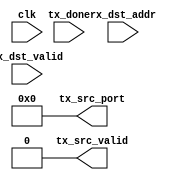
module RPCv3RouterArbiter #(
	parameter TOTAL_PORTS 		= 4,
	//True if we have one child port, and it's a trunk
	parameter CHILD_IS_TRUNK	= 1'b0,
	//Index of the destination port this arbiter is attached to
	parameter THIS_PORT			= 0,
	//Coordinates of this router in the grid.
	//The base address of this router is {X_POS, Y_POS, 8'h00}.
	parameter X_POS 						= 4'h0,
	parameter Y_POS 						= 4'h0
) (
	input wire		clk,
	//Indicates the corresponding dst_addr is OK to look at
	input wire[TOTAL_PORTS-1 : 0]		rx_dst_valid,
	//The address each source port wants to send to
	input wire[16*TOTAL_PORTS - 1 : 0]	rx_dst_addr,
	//Indicates src_port is OK to look at
	output reg							tx_src_valid	= 0,
	//The addressthis output port should get its data from
	output reg[8:0]						tx_src_port		= 0,
	//Set high for one cycle at end of a transmit to indicate we should bump the counter
	input wire							tx_done
);
	////////////////////////////////////////////////////////////////////////////////////////////////////////////////////
	// Round robin counter
	reg[8:0] 	rr_count	= 0;
	wire[8:0]	rr_count_inc	= rr_count + 1'h1;
	always @(posedge clk) begin
		if(tx_done) begin
			if(rr_count_inc >= TOTAL_PORTS)
				rr_count	<= 0;
			else
				rr_count	<= rr_count_inc;
		end
	end
	////////////////////////////////////////////////////////////////////////////////////////////////////////////////////
	// See who wants to send to us
	//Our base address
	localparam BASE_ADDR				= {X_POS, Y_POS, 8'h00};
	//Index of our port within the children (if we're a child)
	localparam CHILD_PORT 				= THIS_PORT - 4;
	//True if the port's destination is pointing to us (may not be valid, though)
	reg[TOTAL_PORTS-1:0]	port_match	= 0;
	genvar i;
	generate
		for(i=0; i<TOTAL_PORTS; i=i+1) begin : sendloop
			//Pull out some useful address bits
			wire[15:0]	rx_dst	= rx_dst_addr[i*16 +: 16];
			wire[3:0]	rx_xpos	= rx_dst[15:12];
			wire[3:0]	rx_ypos	= rx_dst[11:8];
			//Pseudorandom value that is static for each destination (to ensure deterministic routing)
			//We cannot use THIS_PORT in addrxor to ensure deterministic matching!
			//in particular, it's important that ``random" have the same value for all four neighbor ports
			//given the same destination.
			wire[15:0]	addrxor	= rx_dst ^ BASE_ADDR[15:8];
			wire		random	= ^addrxor;
			always @(*) begin
				//Clean up
				port_match[i]	<= 0;
				case(THIS_PORT)
					//north
					0: begin
						//If destination is not to our north (dest Y > ours), we're not interested
						if(rx_ypos <= Y_POS)
							port_match[i]	<= 0;
						//It's north, but might also be east/west
						else begin
							//If destination is due north, we obviously route north
							if(rx_xpos == X_POS)
								port_match[i]	<= 1;
							//Destination is northeast or northwest.
							//Route north randomly for 50% of destinations
							else if(random)
								port_match[i]	<= 1;
							//Nope, don't match
							else
								port_match[i]	<= 0;
						end
					end
					//south
					1: begin
						//If destination is not to our south (dest Y < ours), we're not interested
						if(rx_ypos >= Y_POS)
							port_match[i]	<= 0;
						//It's south, but might also be east/west
						else begin
							//If destination is due south, we obviously route south
							if(rx_xpos == X_POS)
								port_match[i]	<= 1;
							//Destination is southeast or southwest.
							//Route south randomly for 50% of destinations
							else if(random)
								port_match[i]	<= 1;
							//Nope, don't match
							else
								port_match[i]	<= 0;
						end
					end
					//east
					2: begin
						//If destination is not to our east (dest X > ours), we're not interested
						if(rx_xpos <= X_POS)
							port_match[i]	<= 0;
						//It's east, but might also be north/south
						else begin
							//If destination is due east, we obviously route east
							if(rx_ypos == Y_POS)
								port_match[i]	<= 1;
							//Destination is northeast or southeast
							//Route east randomly for 50% of destinations
							//(those not matched by random north/south)
							else if(!random)
								port_match[i]	<= 1;
							//Nope, don't match
							else
								port_match[i]	<= 0;
						end
					end
					//west
					3: begin
						//If destination is not to our west (dest X < ours), we're not interested
						if(rx_xpos >= X_POS)
							port_match[i]	<= 0;
						//It's west, but might also be north/south
						else begin
							//If destination is due west, we obviously route west
							if(rx_ypos == Y_POS)
								port_match[i]	<= 1;
							//Destination is northwest or southwest
							//Route west randomly for 50% of destinations
							//(those not matched by random north/south)
							else if(!random)
								port_match[i]	<= 1;
							//Nope, don't match
							else
								port_match[i]	<= 0;
						end
					end
					//Child interface
					default: begin
						//We're a trunk port. Match anything in our subnet.
						if(CHILD_IS_TRUNK)
							port_match[i]	<= (rx_dst[15:8] == BASE_ADDR[15:8]);
						//We're a child port. Match exact child address
						else
							port_match[i]	<= (rx_dst == {BASE_ADDR[15:8], CHILD_PORT[7:0]});
					end
				endcase
			end
		end
	endgenerate
	//True if the port's destination is pointing to us AND they're valid
	wire[TOTAL_PORTS-1:0]	port_sending_to_us	= port_match & rx_dst_valid;
	////////////////////////////////////////////////////////////////////////////////////////////////////////////////////
	// Decide where to send from
	always @(posedge clk) begin
		//tx_src_valid	<= 0;
	end
endmodule